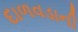
દાળવડાની